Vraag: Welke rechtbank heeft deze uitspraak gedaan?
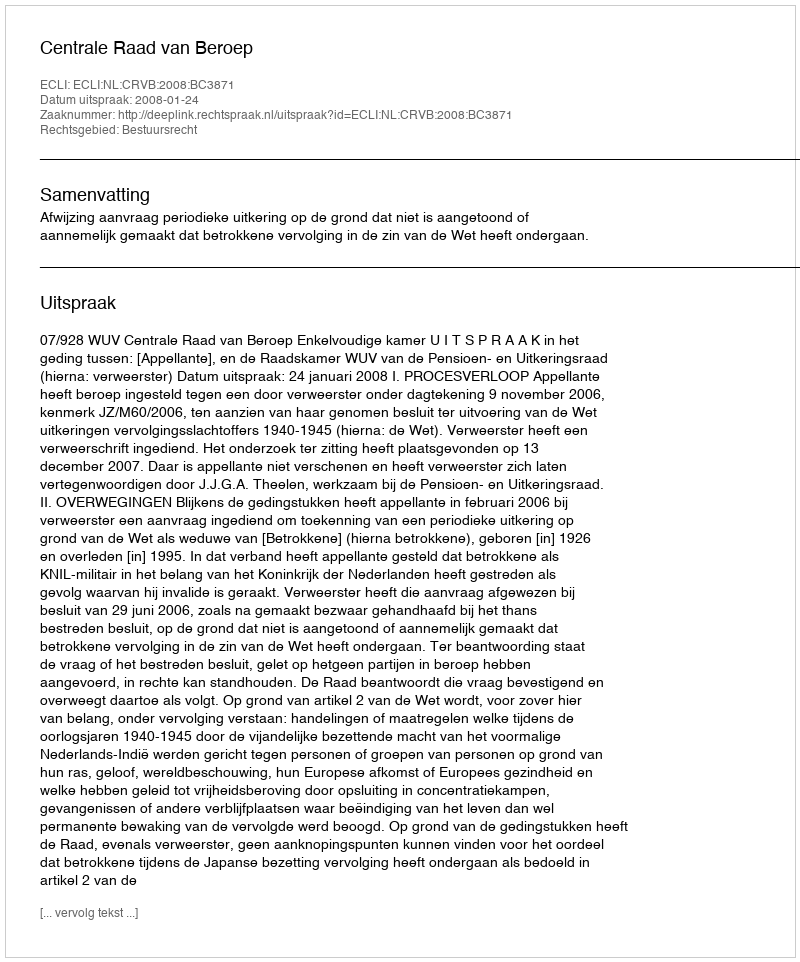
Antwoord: Centrale Raad van Beroep